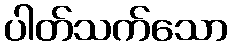
ပါတ်သက်သော